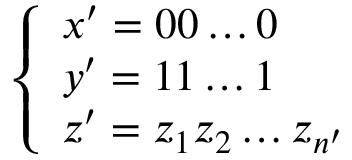
\left\{ \begin{array} { l l } { x ^ { \prime } = 0 0 \ldots 0 } \\ { y ^ { \prime } = 1 1 \ldots 1 } \\ { z ^ { \prime } = z _ { 1 } z _ { 2 } \ldots z _ { n ^ { \prime } } } \end{array} \right.